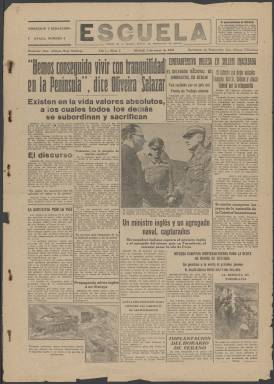
Título: Escuela (Madrid)
Colección: Periódicos
Ámbito geográfico: Madrid
Lugar de publicación: Madrid
Fechas: 01/05/1941-06/06/1941